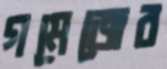
গমেজের